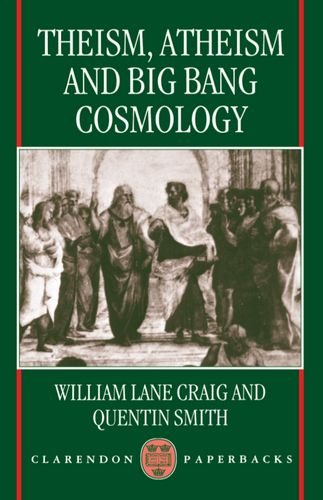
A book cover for Theism, Atheism, and Big Bang Cosmology (Clarendon Paperbacks); William Lane Craig; Religion & Spirituality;